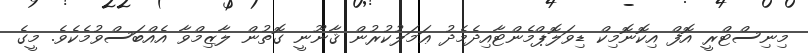
މިނިސްޓްރީ އޮފް އިކޮނޮމިކް ޑިވަލޮޕްމެންޓާއިދެމެދު ޢަމަލުކުރުން ޤާނޫނީ ގޮތުން ލާޒިމްވާ އެއްބަސްވުމެކެވެ. މީގެ